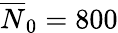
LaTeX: \overline{{N}}_{0}=800